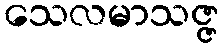
သေလမာသဇ္ဇ